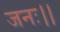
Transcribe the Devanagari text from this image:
जनः।।